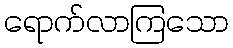
ရောက်လာကြသော